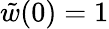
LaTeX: \tilde{w}(0)=1